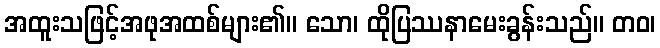
အထူးသဖြင့်အဖုအထစ်များ၏။ သော၊ ထိုပြဿနာမေးခွန်းသည်။ တဝ၊